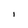
Character: l